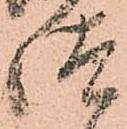
汰